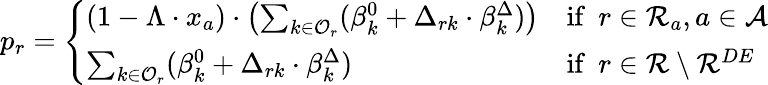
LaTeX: p_{r}=\left\{ \begin{array}{ll}{(1-\Lambda\cdot x_{a})\cdot\left(\sum_{k\in\mathcal{O}_{r}}(\beta_{k}^{0}+\Delta_{rk}\cdot\beta_{k}^{\Delta})\right)}&{\mathrm{if~}\: r\in\mathcal{R}_{a},a\in\mathcal{A}}\\ {\sum_{k\in\mathcal{O}_{r}}(\beta_{k}^{0}+\Delta_{rk}\cdot\beta_{k}^{\Delta})}&{\mathrm{if~}\: r\in\mathcal{R}\setminus\mathcal{R}^{DE}}\end{array}\right.